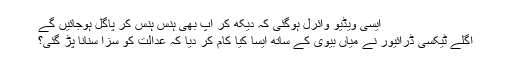
ایسی ویڈیو وائرل ہوگئی کہ دیکھ کر آپ بھی ہنس ہنس کر پاگل ہوجائیں گے
اگلے ٹیکسی ڈرائیور نے میاں بیوی کے ساتھ ایسا کیا کام کر دیا کہ عدالت کو سزا سنانا پڑ گئی؟